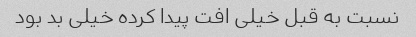
نسبت به قبل خیلی افت پیدا کرده خیلی بد بود